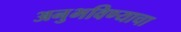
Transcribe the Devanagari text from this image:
अनुभविण्याचा